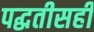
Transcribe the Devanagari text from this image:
पद्धतीसही